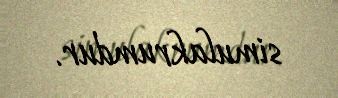
simulakrumdur.